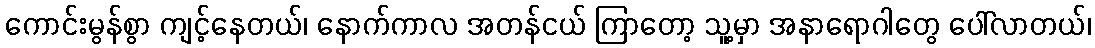
ကောင်းမွန်စွာ ကျင့်နေတယ်၊ နောက်ကာလ အတန်ငယ် ကြာတော့ သူ့မှာ အနာရောဂါတွေ ပေါ်လာတယ်၊